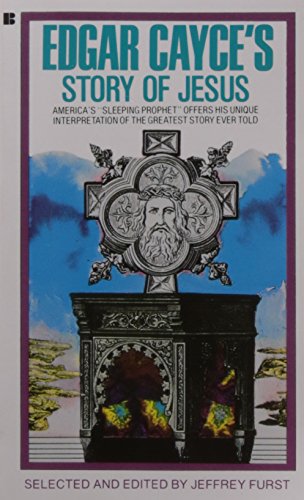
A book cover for Edgar Cayce's Story of Jesus; Edgar Cayce; Christian Books & Bibles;